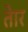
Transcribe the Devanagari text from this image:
तेार